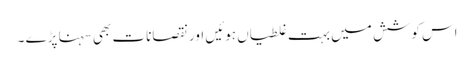
اس کوشش میں بہت غلطیاں ہوئیں اور نقصانات بھی سہنا پڑے ۔